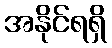
အနိုင်ရရှိ